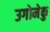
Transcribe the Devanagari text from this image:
उगोमेकु